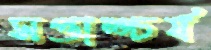
সপ্তাশ্চর্য